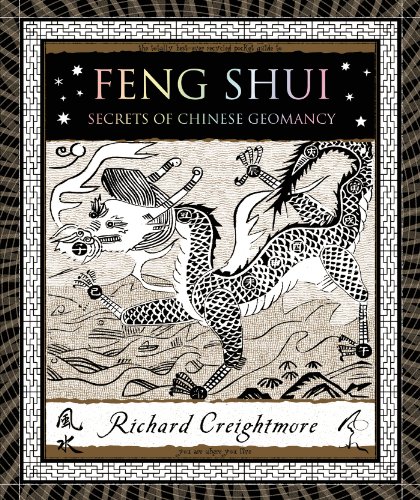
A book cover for Feng Shui: Secrets of Chinese Geomancy (Wooden Books); Richard Creightmore; Religion & Spirituality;